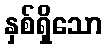
နှစ်ရှိသော